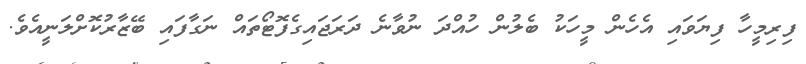
ފިރިމީހާ ފިޔަވައި އެހެން މީހަކު ބެލުން ހުއްދަ ނުވާނެ ދަރަޖައިގެފޮޓޯތައް ނަގާފައި ބޭޒާރުކޮށްލަނީއެވެ.